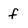
Character: f